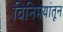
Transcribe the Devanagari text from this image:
विनिमयांतून